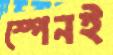
স্পেনই